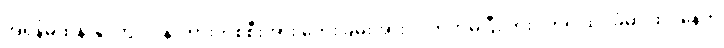
အရှိန်မထိန်းနိုင်ဘဲ ဒိုင်နာကားတစ်စီးအား ဘေးခြမ်းအားဝင်တိုက်မိပြီး တိုးဂိတ်ရှိ ထိုင်ခုံမှာ ထိုင်နေတဲ့